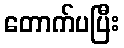
တောက်ပပြီး